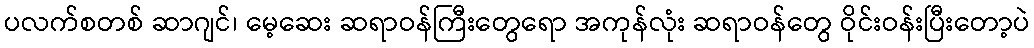
ပလက်စတစ် ဆာဂျင်၊ မေ့ဆေး ဆရာဝန်ကြီးတွေရော အကုန်လုံး ဆရာဝန်တွေ ဝိုင်းဝန်းပြီးတော့ပဲ